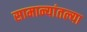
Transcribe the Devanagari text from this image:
सामान्यांतल्या